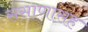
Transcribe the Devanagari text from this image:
ससाणासह